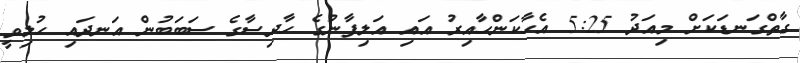
ގާތްގަނޑަކަށް މިއަދު 5:25 އެހާކަންހާއިރު އައި އަލިފާނުގެ ހާދިސާގެ ސަބަބުން އަނދައި ހުލިވީ